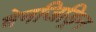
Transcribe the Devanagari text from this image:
बेनजिड्रिन